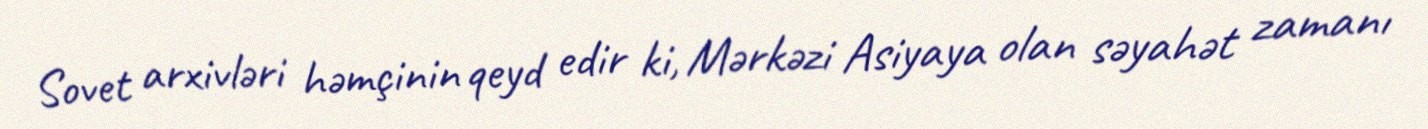
Sovet arxivləri həmçinin qeyd edir ki, Mərkəzi Asiyaya olan səyahət zamanı